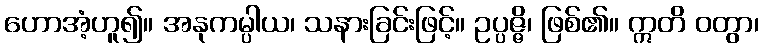
ဟောအံ့ဟူ၍။ အနုကမ္ပါယ၊ သနားခြင်းဖြင့်။ ဥပ္ပဇ္ဇိ၊ ဖြစ်၏။ ဣတိ ဝတွာ၊